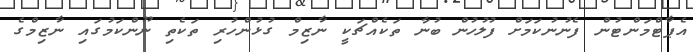
އެޕާޓްމަންޓުން ފެނުނުކަމަށް ފުލުހުން ބުނާ ތަކެއްޗަކީ ނާޒިމް ގުޅުންހުރި ތަކެތި ނޫންކަމުގައި ނާޒިމްގެ